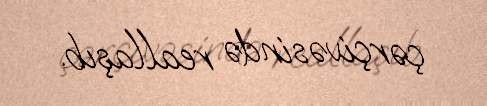
çərçivəsində reallaşıb.